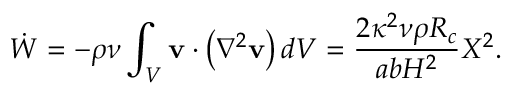
\dot { W } = - \rho \nu \int _ { V } \mathbf { v } \cdot \left( \nabla ^ { 2 } \mathbf { v } \right) d V = \frac { 2 \kappa ^ { 2 } \nu \rho R _ { c } } { a b H ^ { 2 } } X ^ { 2 } .